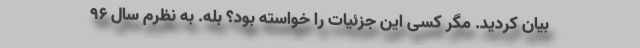
بیان کردید. مگر کسی این جزئیات را خواسته بود؟ بله. به نظرم سال 96